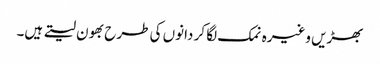
بھڑیں وغیرہ نمک لگا کر دانوں کی طرح بھون لیتے ہیں۔